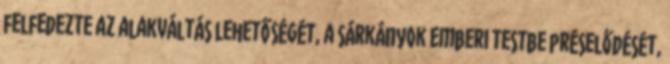
felfedezte az alakváltás lehetőségét, a sárkányok emberi testbe préselődését,